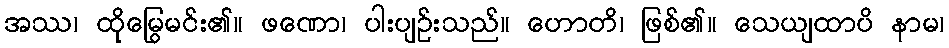
အဿ၊ ထိုမြွေမင်း၏။ ဖဏော၊ ပါးပျဉ်းသည်။ ဟောတိ၊ ဖြစ်၏။ သေယျထာပိ နာမ၊